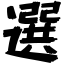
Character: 選